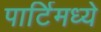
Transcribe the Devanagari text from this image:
पार्टिमध्ये